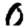
Digit: 0